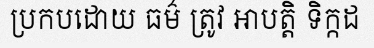
ប្រកបដោយ ធម៌ ត្រូវ អាបត្តិ ទិក្កដ